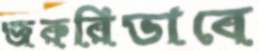
জরুরিভাবে